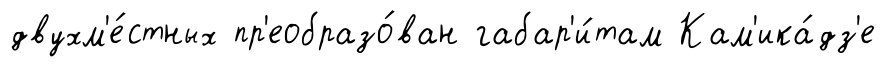
двухм'е́стных пр'еобразо́ван габар'и́там Кам'ика́дз'е